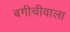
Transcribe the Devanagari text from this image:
बगीचीवाला